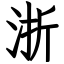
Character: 浙